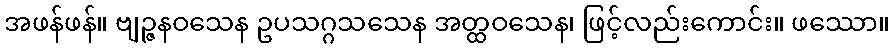
အဖန်ဖန်။ ဗျဉ္ဇနဝသေန ဥပသဂ္ဂသသေန အတ္ထဝသေန၊ ဖြင့်လည်းကောင်း။ ဖဿော။